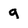
Character: g